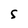
Character: S